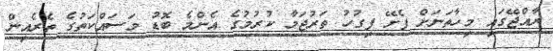
ރާއްޖޭގައި މިހާތަނަށް ފެށޭ ފިގުހު ތަރުޖަމާ ކުރުމުގެ އެންމެ ބޮޑު މަސައްކަތުގެ ތެރެއިން